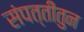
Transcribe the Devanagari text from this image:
संपत्तीतुन